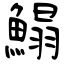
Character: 鰨